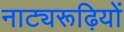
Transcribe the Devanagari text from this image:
नाट्यरूढ़ियों